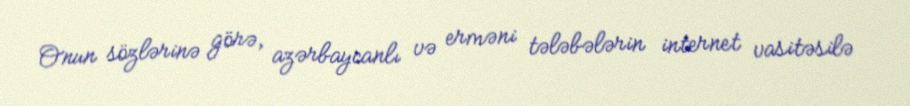
Onun sözlərinə görə, azərbaycanlı və erməni tələbələrin internet vasitəsilə